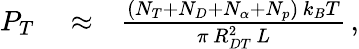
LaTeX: \begin{array}{rlr}{P_{T}}&{{}\approx}&{\frac{\left(N_{T}+N_{D}+N_{\alpha}+N_{p}\right)\, k_{B}T}{\pi\, R_{DT}^{2}\, L}\, ,}\end{array}